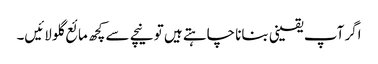
اگر آپ یقینی بنانا چاہتے ہیں تو نیچے سے کچھ مائع گلو لائیں۔